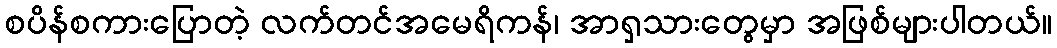
စပိန်စကားပြောတဲ့ လက်တင်အမေရိကန်၊ အာရှသားတွေမှာ အဖြစ်များပါတယ်။